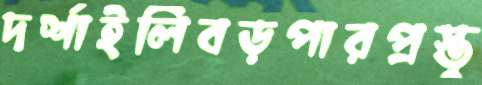
দর্শাইলিবড়পারপ্রস্তু